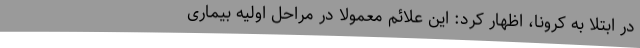
در ابتلا به کرونا، اظهار کرد: این علائم معمولاً در مراحل اولیه بیماری